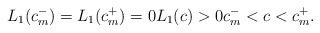
LaTeX: \begin{align*} L_1 ( c_m^- )= L_1 (c_m ^+ ) =0 L_1( c ) >0 c_m^- < c < c_m^+ .\end{align*}